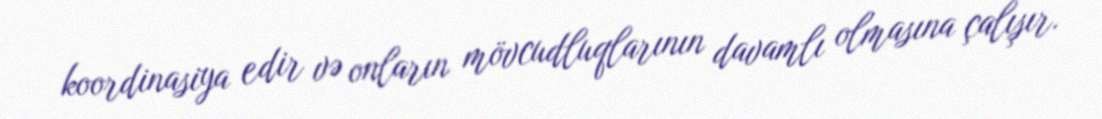
koordinasiya edir və onların mövcudluqlarının davamlı olmasına çalışır.